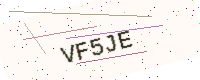
Text: VF5JE